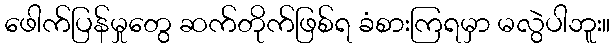
ဖေါက်ပြန်မှုတွေ ဆက်တိုက်ဖြစ်ရ ခံစားကြရမှာ မလွဲပါဘူး။